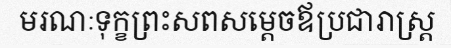
មរណៈទុក្ខព្រះសពសម្តេចឪប្រជារាស្ត្រ